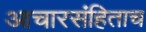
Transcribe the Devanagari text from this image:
आचारसंहिताच